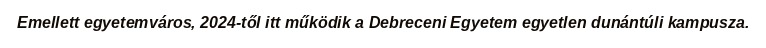
Emellett egyetemváros, 2024-től itt működik a Debreceni Egyetem egyetlen dunántúli kampusza.